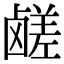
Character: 鹾